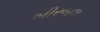
બીરબલ